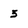
Character: 5